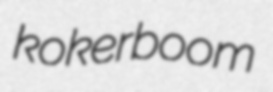
kokerboom